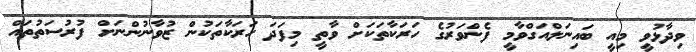
ވިދާޅުވީ މިއީ ބައިނަލްއަގްވާމީ ފެންވަރުގެ ހަރަކާތަކަށް ވާތީ މިފަދަ ހަރަކާތަކުން ޒުވާނުންނަށް ފުރުސަތުތައް